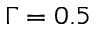
\Gamma = 0 . 5